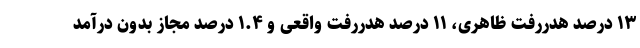
۱۳ درصد هدررفت ظاهری، ۱۱ درصد هدررفت واقعی و ۱.۴ درصد مجاز بدون درآمد